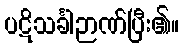
ပဋိသင်္ခါဉာဏ်ပြီး၏။